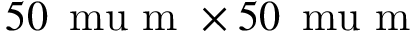
5 0 \, \mathrm { \ m u } \mathrm { ~ m ~ } \times 5 0 \, \mathrm { \ m u } \mathrm { ~ m ~ }